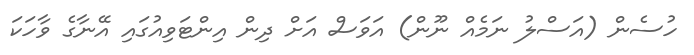
ހުސެން (އަސްލު ނަމެއް ނޫން) އަވަސް އަށް ދިން އިންޓަވިއުގައި އޭނާގެ ވާހަކަ